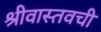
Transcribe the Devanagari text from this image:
श्रीवास्तवची